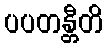
ပပတန္တီတိ